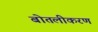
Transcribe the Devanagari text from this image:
बोतलीकरण